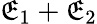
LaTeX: \mathfrak{E}_{1}+\mathfrak{E}_{2}